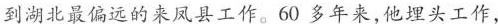
到湖北最偏远的来凤县工作。60多年来，他埋头工作，